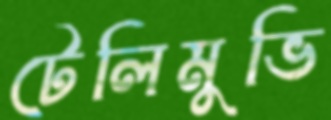
টেলিমুভি